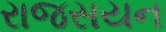
રાજસયન